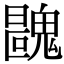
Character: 𩳺